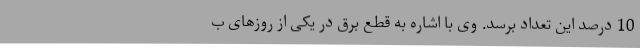
10 درصد این تعداد برسد. وی با اشاره به قطع برق در یکی از روزهای ب